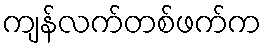
ကျန်လက်တစ်ဖက်က